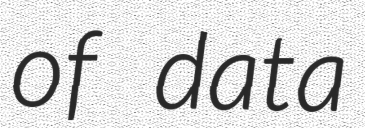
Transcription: of data